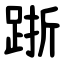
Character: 䟷